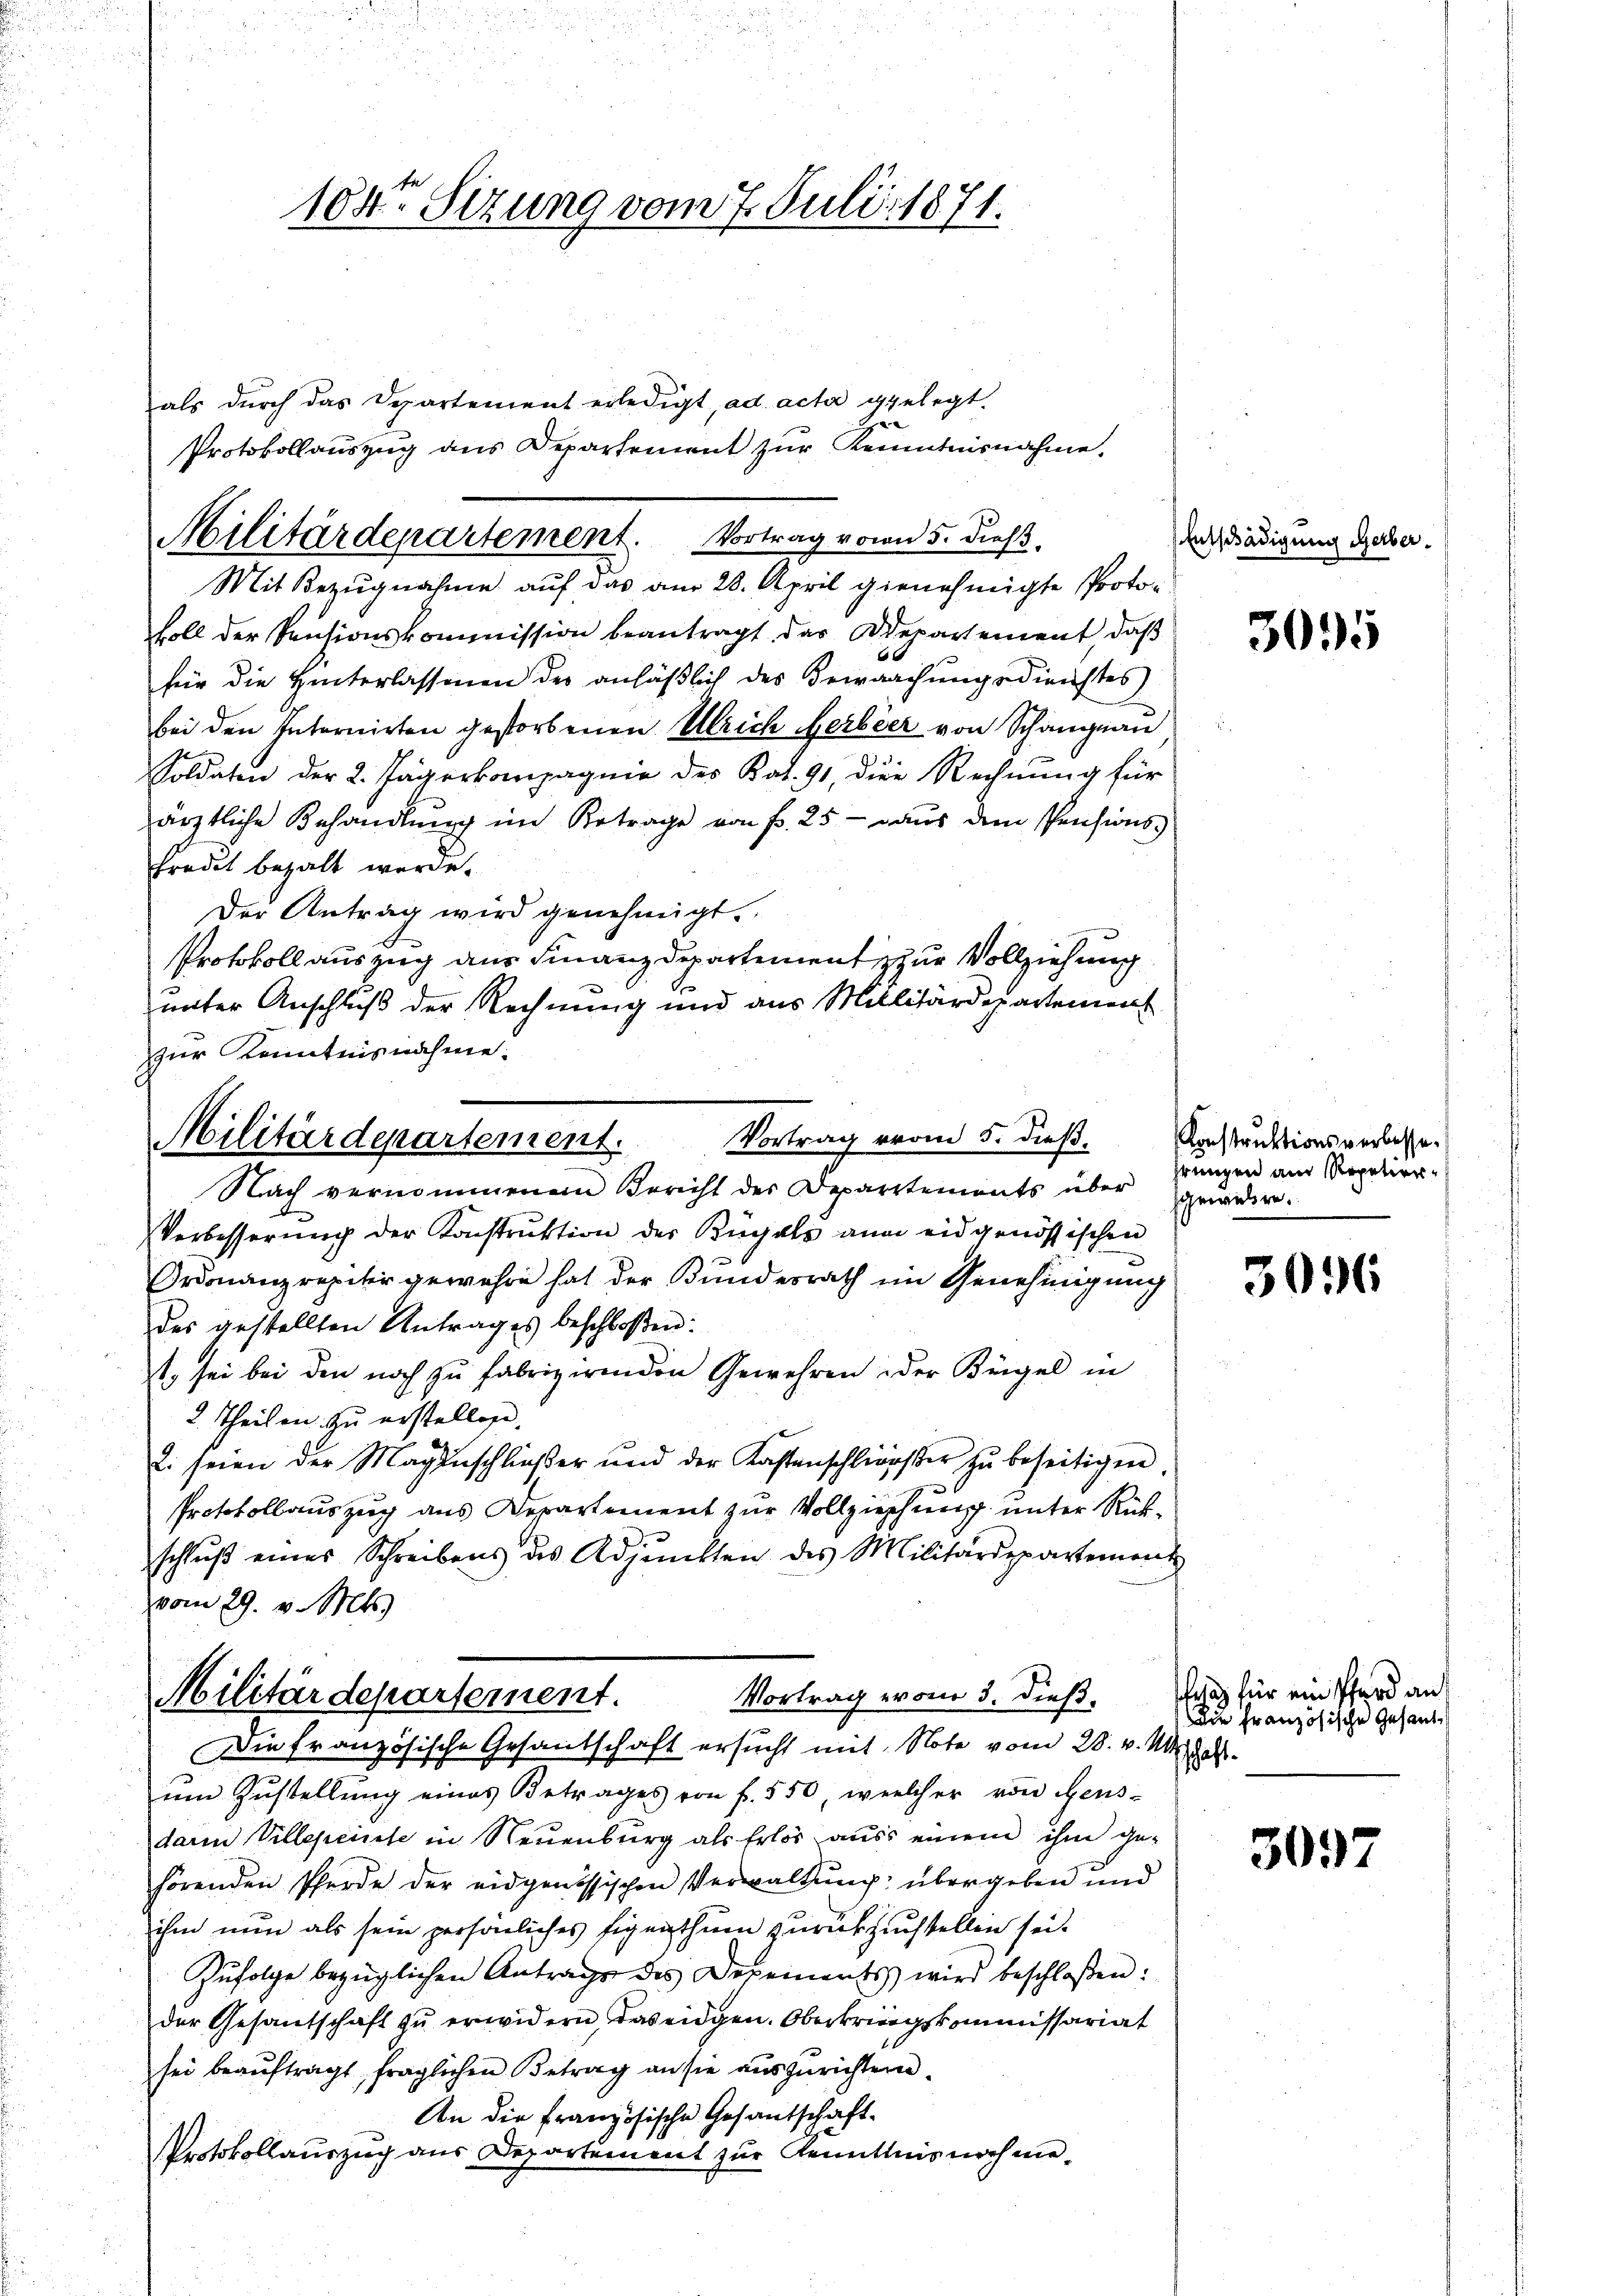
104. Sizung vom 7. Juli 1871.

als durch das Departement erledigt, ad acta gelegt.
e
Protokollauszug aus Departement zur Kenntnisnahme.
soll der Ventionskommission beantragt, das Adepartement, daß
für die Hinterlassenen der anläßlich des Bewachungsdienstes
bei den Internirten gestorbenen Ulrich Herbeer von Schang an

Soldaten der 2. Jägerkompagnie des Kat. 91, die Rechnŭng für
ärztliche Behandlung im Betrage von fr. 25 - aus dem Pensions-
fradet bezalt werde.
Der Antrag wird genehmigt.
Protokoll auszug aus Finanzdepartement zur Vollziehung
unter Anschluß der Rechnung und aus Millitärdepartement
zur Kenntnisnahme.

Militärdepartement. Vortrag vom 5. dieß.
Mit Bezugnahme auf das am 28. April genehmigte Proto¬

Vortrag vom 5. dieß.
Militärdepartement.

Vortrag erone 5. dieß. Was für ein Pferd an
Militärdepartement

Nach vernommenen Bericht der Departements über gewidere.
Verbesserŭng der Konstruktion der Kuchals anm eidgenössischen
Ordonanzrepiter gewahre hat der Bundesrath im Genehmigung
des gestellten Antrages beschloßen:
ist, sei bei den noch zŭ fabrizirenden Gewehren der Kegel in
2. Theilen zu erstellen.
2. seien der Magenschließer und der Kastenschlierster zŭ beseitigen
Protokollauszug aus Departement zur Vollziehung unter Rückschlŭβ eines Schreibens des Adjunkten des Militärdepartement
vom 29. v. Mts.

Entschädigung Gerber.

Die französische Gesandschaft ersucht mit Note vom 28. v. M.
um Zustellung eines Betrages von f. 550, welcher von Gens-
darin Villepeinste in Neuenburg als Erlös aus einem ihm ge-
hörenden Pferde der eidgenössischen Verwaltung übergeben und
ihm nun als sein persönliches Eigenthum zurückzustellen sei.
Zufolge bezüglichen Antrags des Depements wird beschloßen:
der Gesandschaft zu erwidern, das eidgen. Oberbringskommissariat
sei beaŭftragt, fraglichen Betrag an sie auszurichten.
An die Französische Gesantschaft
Protokollauszug aus Departement zur Kenntnis noch me¬

3095

Konstruktionsverlasse.
hrungen am Repetier¬

3016

Die Französische Gesand¬
Tschaft.

3097